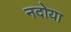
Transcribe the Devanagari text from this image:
नदोया